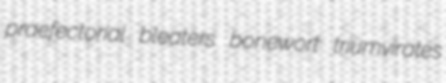
praefectorial bleaters bonewort triumvirates